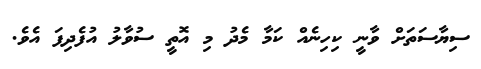
ސިޔާސަތަށް ވާނީ ކިހިނެއް ކަމާ މެދު މި އޮތީ ސުވާލު އުފެދިފަ އެވެ.